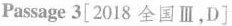
Passage 3[ 2018 全国Ⅲ,D〕